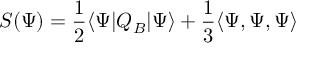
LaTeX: S ( \Psi ) = { \frac { 1 } { 2 } } \langle \Psi | Q _ { B } | \Psi \rangle + { \frac { 1 } { 3 } } \langle \Psi , \Psi , \Psi \rangle